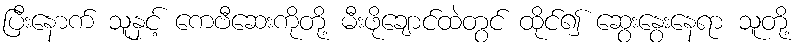
ပြီးနောက် သူနှင့် ကေဗီဆေးကိုတို့ မီးဖိုချောင်ထဲတွင် ထိုင်၍ ဆွေးနွေးနေရာ သူတို့